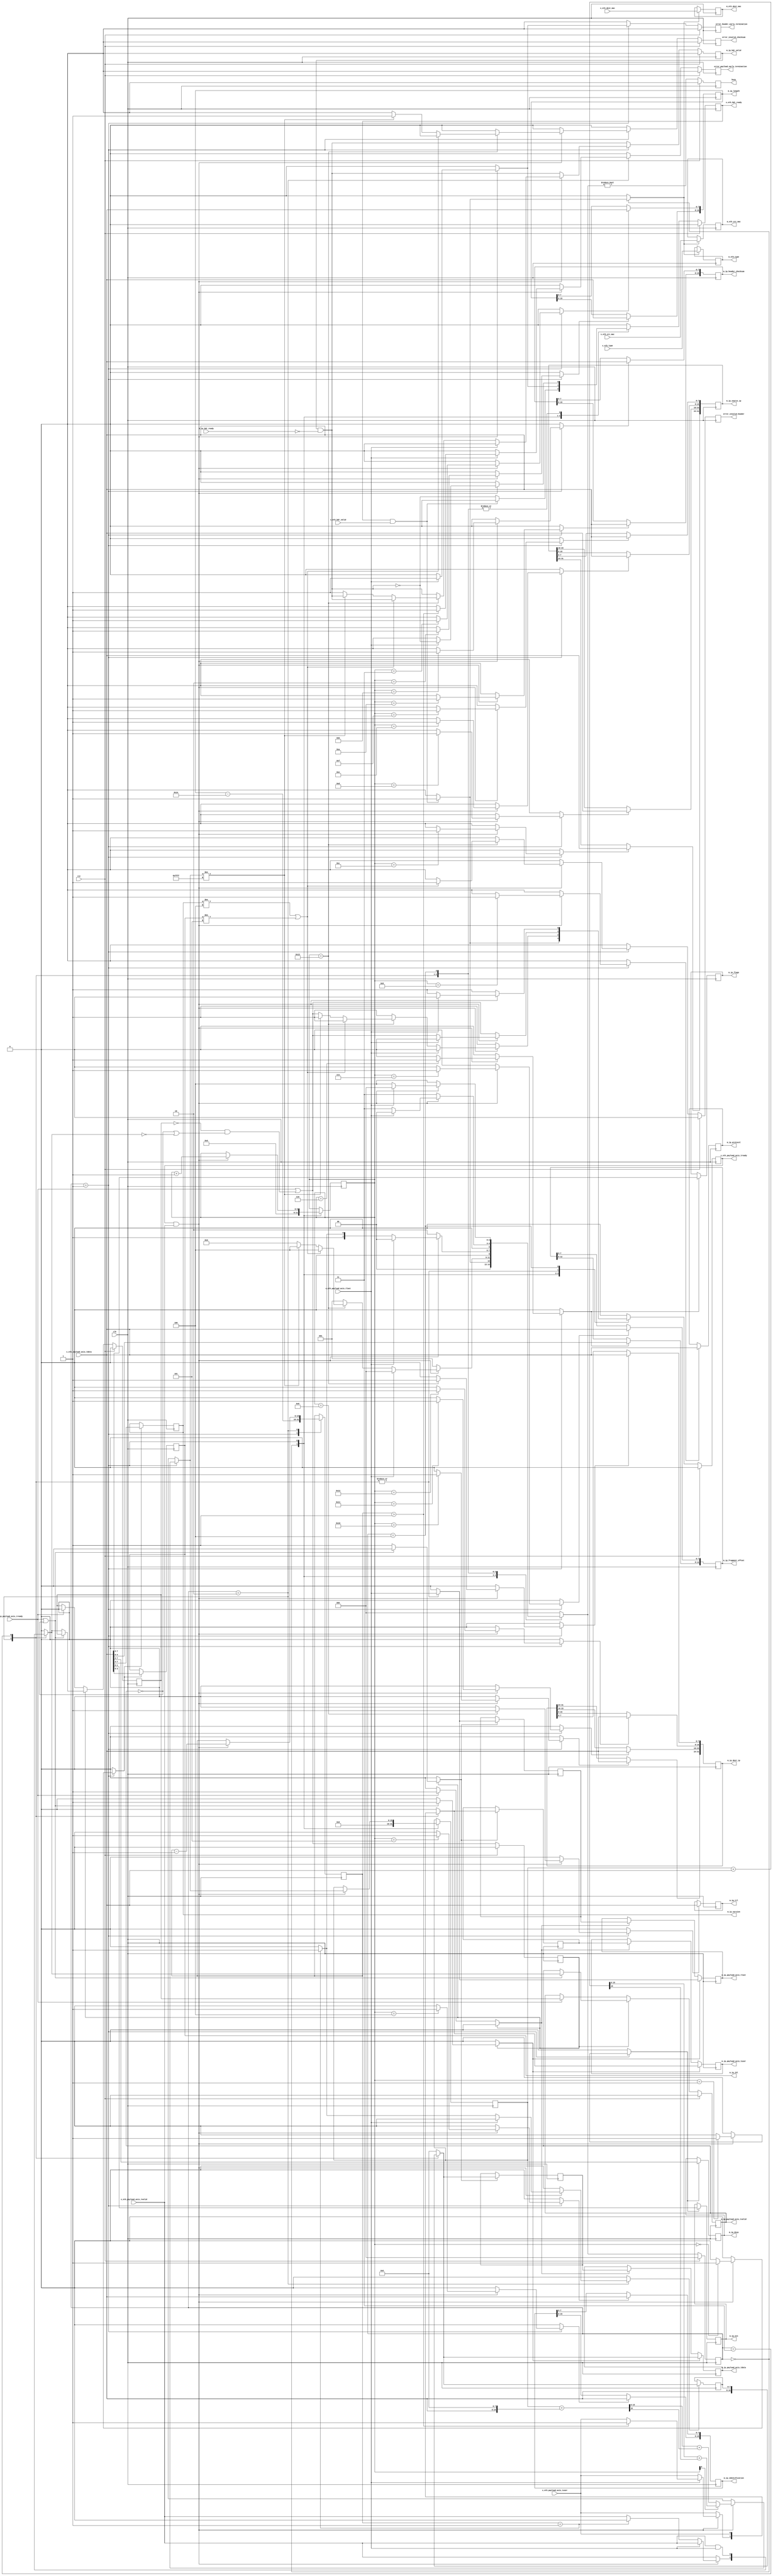

// Language: Verilog 2001

`timescale 1ns / 1ps

/*
 * IP ethernet frame receiver (Ethernet frame in, IP frame out)
 */
module ip_eth_rx
(
    input  wire        clk,
    input  wire        rst,

    /*
     * Ethernet frame input
     */
    input  wire        s_eth_hdr_valid,
    output wire        s_eth_hdr_ready,
    input  wire [47:0] s_eth_dest_mac,
    input  wire [47:0] s_eth_src_mac,
    input  wire [15:0] s_eth_type,
    input  wire [7:0]  s_eth_payload_axis_tdata,
    input  wire        s_eth_payload_axis_tvalid,
    output wire        s_eth_payload_axis_tready,
    input  wire        s_eth_payload_axis_tlast,
    input  wire        s_eth_payload_axis_tuser,

    /*
     * IP frame output
     */
    output wire        m_ip_hdr_valid,
    input  wire        m_ip_hdr_ready,
    output wire [47:0] m_eth_dest_mac,
    output wire [47:0] m_eth_src_mac,
    output wire [15:0] m_eth_type,
    output wire [3:0]  m_ip_version,
    output wire [3:0]  m_ip_ihl,
    output wire [5:0]  m_ip_dscp,
    output wire [1:0]  m_ip_ecn,
    output wire [15:0] m_ip_length,
    output wire [15:0] m_ip_identification,
    output wire [2:0]  m_ip_flags,
    output wire [12:0] m_ip_fragment_offset,
    output wire [7:0]  m_ip_ttl,
    output wire [7:0]  m_ip_protocol,
    output wire [15:0] m_ip_header_checksum,
    output wire [31:0] m_ip_source_ip,
    output wire [31:0] m_ip_dest_ip,
    output wire [7:0]  m_ip_payload_axis_tdata,
    output wire        m_ip_payload_axis_tvalid,
    input  wire        m_ip_payload_axis_tready,
    output wire        m_ip_payload_axis_tlast,
    output wire        m_ip_payload_axis_tuser,

    /*
     * Status signals
     */
    output wire        busy,
    output wire        error_header_early_termination,
    output wire        error_payload_early_termination,
    output wire        error_invalid_header,
    output wire        error_invalid_checksum
);

/*

IP Frame

 Field                       Length
 Destination MAC address     6 octets
 Source MAC address          6 octets
 Ethertype (0x0800)          2 octets
 Version (4)                 4 bits
 IHL (5-15)                  4 bits
 DSCP (0)                    6 bits
 ECN (0)                     2 bits
 length                      2 octets
 identification (0?)         2 octets
 flags (010)                 3 bits
 fragment offset (0)         13 bits
 time to live (64?)          1 octet
 protocol                    1 octet
 header checksum             2 octets
 source IP                   4 octets
 destination IP              4 octets
 options                     (IHL-5)*4 octets
 payload                     length octets

This module receives an Ethernet frame with header fields in parallel and
payload on an AXI stream interface, decodes and strips the IP header fields,
then produces the header fields in parallel along with the IP payload in a
separate AXI stream.

*/

localparam [2:0]
    STATE_IDLE = 3'd0,
    STATE_READ_HEADER = 3'd1,
    STATE_READ_PAYLOAD = 3'd2,
    STATE_READ_PAYLOAD_LAST = 3'd3,
    STATE_WAIT_LAST = 3'd4;

reg [2:0] state_reg = STATE_IDLE, state_next;

// datapath control signals
reg store_eth_hdr;
reg store_ip_version_ihl;
reg store_ip_dscp_ecn;
reg store_ip_length_0;
reg store_ip_length_1;
reg store_ip_identification_0;
reg store_ip_identification_1;
reg store_ip_flags_fragment_offset_0;
reg store_ip_flags_fragment_offset_1;
reg store_ip_ttl;
reg store_ip_protocol;
reg store_ip_header_checksum_0;
reg store_ip_header_checksum_1;
reg store_ip_source_ip_0;
reg store_ip_source_ip_1;
reg store_ip_source_ip_2;
reg store_ip_source_ip_3;
reg store_ip_dest_ip_0;
reg store_ip_dest_ip_1;
reg store_ip_dest_ip_2;
reg store_ip_dest_ip_3;
reg store_last_word;

reg [5:0] hdr_ptr_reg = 6'd0, hdr_ptr_next;
reg [15:0] word_count_reg = 16'd0, word_count_next;

reg [15:0] hdr_sum_reg = 16'd0, hdr_sum_next;

reg [7:0] last_word_data_reg = 8'd0;

reg s_eth_hdr_ready_reg = 1'b0, s_eth_hdr_ready_next;
reg s_eth_payload_axis_tready_reg = 1'b0, s_eth_payload_axis_tready_next;

reg m_ip_hdr_valid_reg = 1'b0, m_ip_hdr_valid_next;
reg [47:0] m_eth_dest_mac_reg = 48'd0;
reg [47:0] m_eth_src_mac_reg = 48'd0;
reg [15:0] m_eth_type_reg = 16'd0;
reg [3:0] m_ip_version_reg = 4'd0;
reg [3:0] m_ip_ihl_reg = 4'd0;
reg [5:0] m_ip_dscp_reg = 6'd0;
reg [1:0] m_ip_ecn_reg = 2'd0;
reg [15:0] m_ip_length_reg = 16'd0;
reg [15:0] m_ip_identification_reg = 16'd0;
reg [2:0] m_ip_flags_reg = 3'd0;
reg [12:0] m_ip_fragment_offset_reg = 13'd0;
reg [7:0] m_ip_ttl_reg = 8'd0;
reg [7:0] m_ip_protocol_reg = 8'd0;
reg [15:0] m_ip_header_checksum_reg = 16'd0;
reg [31:0] m_ip_source_ip_reg = 32'd0;
reg [31:0] m_ip_dest_ip_reg = 32'd0;

reg busy_reg = 1'b0;
reg error_header_early_termination_reg = 1'b0, error_header_early_termination_next;
reg error_payload_early_termination_reg = 1'b0, error_payload_early_termination_next;
reg error_invalid_header_reg = 1'b0, error_invalid_header_next;
reg error_invalid_checksum_reg = 1'b0, error_invalid_checksum_next;

// internal datapath
reg [7:0] m_ip_payload_axis_tdata_int;
reg       m_ip_payload_axis_tvalid_int;
reg       m_ip_payload_axis_tready_int_reg = 1'b0;
reg       m_ip_payload_axis_tlast_int;
reg       m_ip_payload_axis_tuser_int;
wire      m_ip_payload_axis_tready_int_early;

assign s_eth_hdr_ready = s_eth_hdr_ready_reg;
assign s_eth_payload_axis_tready = s_eth_payload_axis_tready_reg;

assign m_ip_hdr_valid = m_ip_hdr_valid_reg;
assign m_eth_dest_mac = m_eth_dest_mac_reg;
assign m_eth_src_mac = m_eth_src_mac_reg;
assign m_eth_type = m_eth_type_reg;
assign m_ip_version = m_ip_version_reg;
assign m_ip_ihl = m_ip_ihl_reg;
assign m_ip_dscp = m_ip_dscp_reg;
assign m_ip_ecn = m_ip_ecn_reg;
assign m_ip_length = m_ip_length_reg;
assign m_ip_identification = m_ip_identification_reg;
assign m_ip_flags = m_ip_flags_reg;
assign m_ip_fragment_offset = m_ip_fragment_offset_reg;
assign m_ip_ttl = m_ip_ttl_reg;
assign m_ip_protocol = m_ip_protocol_reg;
assign m_ip_header_checksum = m_ip_header_checksum_reg;
assign m_ip_source_ip = m_ip_source_ip_reg;
assign m_ip_dest_ip = m_ip_dest_ip_reg;

assign busy = busy_reg;
assign error_header_early_termination = error_header_early_termination_reg;
assign error_payload_early_termination = error_payload_early_termination_reg;
assign error_invalid_header = error_invalid_header_reg;
assign error_invalid_checksum = error_invalid_checksum_reg;

function [15:0] add1c16b;
    input [15:0] a, b;
    reg [16:0] t;
    begin
        t = a+b;
        add1c16b = t[15:0] + t[16];
    end
endfunction

always @* begin
    state_next = STATE_IDLE;

    s_eth_hdr_ready_next = 1'b0;
    s_eth_payload_axis_tready_next = 1'b0;

    store_eth_hdr = 1'b0;
    store_ip_version_ihl = 1'b0;
    store_ip_dscp_ecn = 1'b0;
    store_ip_length_0 = 1'b0;
    store_ip_length_1 = 1'b0;
    store_ip_identification_0 = 1'b0;
    store_ip_identification_1 = 1'b0;
    store_ip_flags_fragment_offset_0 = 1'b0;
    store_ip_flags_fragment_offset_1 = 1'b0;
    store_ip_ttl = 1'b0;
    store_ip_protocol = 1'b0;
    store_ip_header_checksum_0 = 1'b0;
    store_ip_header_checksum_1 = 1'b0;
    store_ip_source_ip_0 = 1'b0;
    store_ip_source_ip_1 = 1'b0;
    store_ip_source_ip_2 = 1'b0;
    store_ip_source_ip_3 = 1'b0;
    store_ip_dest_ip_0 = 1'b0;
    store_ip_dest_ip_1 = 1'b0;
    store_ip_dest_ip_2 = 1'b0;
    store_ip_dest_ip_3 = 1'b0;

    store_last_word = 1'b0;

    hdr_ptr_next = hdr_ptr_reg;
    word_count_next = word_count_reg;

    hdr_sum_next = hdr_sum_reg;

    m_ip_hdr_valid_next = m_ip_hdr_valid_reg && !m_ip_hdr_ready;

    error_header_early_termination_next = 1'b0;
    error_payload_early_termination_next = 1'b0;
    error_invalid_header_next = 1'b0;
    error_invalid_checksum_next = 1'b0;

    m_ip_payload_axis_tdata_int = 8'd0;
    m_ip_payload_axis_tvalid_int = 1'b0;
    m_ip_payload_axis_tlast_int = 1'b0;
    m_ip_payload_axis_tuser_int = 1'b0;

    case (state_reg)
        STATE_IDLE: begin
            // idle state - wait for header
            hdr_ptr_next = 16'd0;
            hdr_sum_next = 16'd0;
            s_eth_hdr_ready_next = !m_ip_hdr_valid_next;

            if (s_eth_hdr_ready && s_eth_hdr_valid) begin
                s_eth_hdr_ready_next = 1'b0;
                s_eth_payload_axis_tready_next = 1'b1;
                store_eth_hdr = 1'b1;
                state_next = STATE_READ_HEADER;
            end else begin
                state_next = STATE_IDLE;
            end
        end
        STATE_READ_HEADER: begin
            // read header
            s_eth_payload_axis_tready_next = 1'b1;
            word_count_next = m_ip_length_reg - 5*4;

            if (s_eth_payload_axis_tready && s_eth_payload_axis_tvalid) begin
                // word transfer in - store it
                hdr_ptr_next = hdr_ptr_reg + 6'd1;
                state_next = STATE_READ_HEADER;

                if (hdr_ptr_reg[0]) begin
                    hdr_sum_next = add1c16b(hdr_sum_reg, {8'd0, s_eth_payload_axis_tdata});
                end else begin
                    hdr_sum_next = add1c16b(hdr_sum_reg, {s_eth_payload_axis_tdata, 8'd0});
                end

                case (hdr_ptr_reg)
                    6'h00: store_ip_version_ihl = 1'b1;
                    6'h01: store_ip_dscp_ecn = 1'b1;
                    6'h02: store_ip_length_1 = 1'b1;
                    6'h03: store_ip_length_0 = 1'b1;
                    6'h04: store_ip_identification_1 = 1'b1;
                    6'h05: store_ip_identification_0 = 1'b1;
                    6'h06: store_ip_flags_fragment_offset_1 = 1'b1;
                    6'h07: store_ip_flags_fragment_offset_0 = 1'b1;
                    6'h08: store_ip_ttl = 1'b1;
                    6'h09: store_ip_protocol = 1'b1;
                    6'h0A: store_ip_header_checksum_1 = 1'b1;
                    6'h0B: store_ip_header_checksum_0 = 1'b1;
                    6'h0C: store_ip_source_ip_3 = 1'b1;
                    6'h0D: store_ip_source_ip_2 = 1'b1;
                    6'h0E: store_ip_source_ip_1 = 1'b1;
                    6'h0F: store_ip_source_ip_0 = 1'b1;
                    6'h10: store_ip_dest_ip_3 = 1'b1;
                    6'h11: store_ip_dest_ip_2 = 1'b1;
                    6'h12: store_ip_dest_ip_1 = 1'b1;
                    6'h13: begin
                        store_ip_dest_ip_0 = 1'b1;
                        if (m_ip_version_reg != 4'd4 || m_ip_ihl_reg != 4'd5) begin
                            error_invalid_header_next = 1'b1;
                            state_next = STATE_WAIT_LAST;
                        end else if (hdr_sum_next != 16'hffff) begin
                            error_invalid_checksum_next = 1'b1;
                            state_next = STATE_WAIT_LAST;
                        end else begin
                            m_ip_hdr_valid_next = 1'b1;
                            s_eth_payload_axis_tready_next = m_ip_payload_axis_tready_int_early;
                            state_next = STATE_READ_PAYLOAD;
                        end
                    end
                endcase

                if (s_eth_payload_axis_tlast) begin
                    error_header_early_termination_next = 1'b1;
                    m_ip_hdr_valid_next = 1'b0;
                    s_eth_hdr_ready_next = !m_ip_hdr_valid_next;
                    s_eth_payload_axis_tready_next = 1'b0;
                    state_next = STATE_IDLE;
                end

            end else begin
                state_next = STATE_READ_HEADER;
            end
        end
        STATE_READ_PAYLOAD: begin
            // read payload
            s_eth_payload_axis_tready_next = m_ip_payload_axis_tready_int_early;

            m_ip_payload_axis_tdata_int = s_eth_payload_axis_tdata;
            m_ip_payload_axis_tvalid_int = s_eth_payload_axis_tvalid;
            m_ip_payload_axis_tlast_int = s_eth_payload_axis_tlast;
            m_ip_payload_axis_tuser_int = s_eth_payload_axis_tuser;

            if (s_eth_payload_axis_tready && s_eth_payload_axis_tvalid) begin
                // word transfer through
                word_count_next = word_count_reg - 16'd1;
                if (s_eth_payload_axis_tlast) begin
                    if (word_count_reg > 16'd1) begin
                        // end of frame, but length does not match
                        m_ip_payload_axis_tuser_int = 1'b1;
                        error_payload_early_termination_next = 1'b1;
                    end
                    s_eth_hdr_ready_next = !m_ip_hdr_valid_next;
                    s_eth_payload_axis_tready_next = 1'b0;
                    state_next = STATE_IDLE;
                end else begin
                    if (word_count_reg == 16'd1) begin
                        store_last_word = 1'b1;
                        m_ip_payload_axis_tvalid_int = 1'b0;
                        state_next = STATE_READ_PAYLOAD_LAST;
                    end else begin
                        state_next = STATE_READ_PAYLOAD;
                    end
                end
            end else begin
                state_next = STATE_READ_PAYLOAD;
            end
        end
        STATE_READ_PAYLOAD_LAST: begin
            // read and discard until end of frame
            s_eth_payload_axis_tready_next = m_ip_payload_axis_tready_int_early;

            m_ip_payload_axis_tdata_int = last_word_data_reg;
            m_ip_payload_axis_tvalid_int = s_eth_payload_axis_tvalid && s_eth_payload_axis_tlast;
            m_ip_payload_axis_tlast_int = s_eth_payload_axis_tlast;
            m_ip_payload_axis_tuser_int = s_eth_payload_axis_tuser;

            if (s_eth_payload_axis_tready && s_eth_payload_axis_tvalid) begin
                if (s_eth_payload_axis_tlast) begin
                    s_eth_hdr_ready_next = !m_ip_hdr_valid_next;
                    s_eth_payload_axis_tready_next = 1'b0;
                    state_next = STATE_IDLE;
                end else begin
                    state_next = STATE_READ_PAYLOAD_LAST;
                end
            end else begin
                state_next = STATE_READ_PAYLOAD_LAST;
            end
        end
        STATE_WAIT_LAST: begin
            // read and discard until end of frame
            s_eth_payload_axis_tready_next = 1'b1;

            if (s_eth_payload_axis_tready && s_eth_payload_axis_tvalid) begin
                if (s_eth_payload_axis_tlast) begin
                    s_eth_hdr_ready_next = !m_ip_hdr_valid_next;
                    s_eth_payload_axis_tready_next = 1'b0;
                    state_next = STATE_IDLE;
                end else begin
                    state_next = STATE_WAIT_LAST;
                end
            end else begin
                state_next = STATE_WAIT_LAST;
            end
        end
    endcase
end

always @(posedge clk) begin
    if (rst) begin
        state_reg <= STATE_IDLE;
        s_eth_hdr_ready_reg <= 1'b0;
        s_eth_payload_axis_tready_reg <= 1'b0;
        m_ip_hdr_valid_reg <= 1'b0;
        busy_reg <= 1'b0;
        error_header_early_termination_reg <= 1'b0;
        error_payload_early_termination_reg <= 1'b0;
        error_invalid_header_reg <= 1'b0;
        error_invalid_checksum_reg <= 1'b0;
    end else begin
        state_reg <= state_next;

        s_eth_hdr_ready_reg <= s_eth_hdr_ready_next;
        s_eth_payload_axis_tready_reg <= s_eth_payload_axis_tready_next;

        m_ip_hdr_valid_reg <= m_ip_hdr_valid_next;

        error_header_early_termination_reg <= error_header_early_termination_next;
        error_payload_early_termination_reg <= error_payload_early_termination_next;
        error_invalid_header_reg <= error_invalid_header_next;
        error_invalid_checksum_reg <= error_invalid_checksum_next;

        busy_reg <= state_next != STATE_IDLE;
    end

    hdr_ptr_reg <= hdr_ptr_next;
    word_count_reg <= word_count_next;

    hdr_sum_reg <= hdr_sum_next;

    // datapath
    if (store_eth_hdr) begin
        m_eth_dest_mac_reg <= s_eth_dest_mac;
        m_eth_src_mac_reg <= s_eth_src_mac;
        m_eth_type_reg <= s_eth_type;
    end

    if (store_last_word) begin
        last_word_data_reg <= m_ip_payload_axis_tdata_int;
    end

    if (store_ip_version_ihl) {m_ip_version_reg, m_ip_ihl_reg} <= s_eth_payload_axis_tdata;
    if (store_ip_dscp_ecn) {m_ip_dscp_reg, m_ip_ecn_reg} <= s_eth_payload_axis_tdata;
    if (store_ip_length_0) m_ip_length_reg[ 7: 0] <= s_eth_payload_axis_tdata;
    if (store_ip_length_1) m_ip_length_reg[15: 8] <= s_eth_payload_axis_tdata;
    if (store_ip_identification_0) m_ip_identification_reg[ 7: 0] <= s_eth_payload_axis_tdata;
    if (store_ip_identification_1) m_ip_identification_reg[15: 8] <= s_eth_payload_axis_tdata;
    if (store_ip_flags_fragment_offset_0) m_ip_fragment_offset_reg[ 7:0] <= s_eth_payload_axis_tdata;
    if (store_ip_flags_fragment_offset_1) {m_ip_flags_reg, m_ip_fragment_offset_reg[12:8]} <= s_eth_payload_axis_tdata;
    if (store_ip_ttl) m_ip_ttl_reg <= s_eth_payload_axis_tdata;
    if (store_ip_protocol) m_ip_protocol_reg <= s_eth_payload_axis_tdata;
    if (store_ip_header_checksum_0) m_ip_header_checksum_reg[ 7: 0] <= s_eth_payload_axis_tdata;
    if (store_ip_header_checksum_1) m_ip_header_checksum_reg[15: 8] <= s_eth_payload_axis_tdata;
    if (store_ip_source_ip_0) m_ip_source_ip_reg[ 7: 0] <= s_eth_payload_axis_tdata;
    if (store_ip_source_ip_1) m_ip_source_ip_reg[15: 8] <= s_eth_payload_axis_tdata;
    if (store_ip_source_ip_2) m_ip_source_ip_reg[23:16] <= s_eth_payload_axis_tdata;
    if (store_ip_source_ip_3) m_ip_source_ip_reg[31:24] <= s_eth_payload_axis_tdata;
    if (store_ip_dest_ip_0) m_ip_dest_ip_reg[ 7: 0] <= s_eth_payload_axis_tdata;
    if (store_ip_dest_ip_1) m_ip_dest_ip_reg[15: 8] <= s_eth_payload_axis_tdata;
    if (store_ip_dest_ip_2) m_ip_dest_ip_reg[23:16] <= s_eth_payload_axis_tdata;
    if (store_ip_dest_ip_3) m_ip_dest_ip_reg[31:24] <= s_eth_payload_axis_tdata;
end

// output datapath logic
reg [7:0] m_ip_payload_axis_tdata_reg = 8'd0;
reg       m_ip_payload_axis_tvalid_reg = 1'b0, m_ip_payload_axis_tvalid_next;
reg       m_ip_payload_axis_tlast_reg = 1'b0;
reg       m_ip_payload_axis_tuser_reg = 1'b0;

reg [7:0] temp_m_ip_payload_axis_tdata_reg = 8'd0;
reg       temp_m_ip_payload_axis_tvalid_reg = 1'b0, temp_m_ip_payload_axis_tvalid_next;
reg       temp_m_ip_payload_axis_tlast_reg = 1'b0;
reg       temp_m_ip_payload_axis_tuser_reg = 1'b0;

// datapath control
reg store_ip_payload_int_to_output;
reg store_ip_payload_int_to_temp;
reg store_ip_payload_axis_temp_to_output;

assign m_ip_payload_axis_tdata = m_ip_payload_axis_tdata_reg;
assign m_ip_payload_axis_tvalid = m_ip_payload_axis_tvalid_reg;
assign m_ip_payload_axis_tlast = m_ip_payload_axis_tlast_reg;
assign m_ip_payload_axis_tuser = m_ip_payload_axis_tuser_reg;

// enable ready input next cycle if output is ready or the temp reg will not be filled on the next cycle (output reg empty or no input)
assign m_ip_payload_axis_tready_int_early = m_ip_payload_axis_tready || (!temp_m_ip_payload_axis_tvalid_reg && (!m_ip_payload_axis_tvalid_reg || !m_ip_payload_axis_tvalid_int));

always @* begin
    // transfer sink ready state to source
    m_ip_payload_axis_tvalid_next = m_ip_payload_axis_tvalid_reg;
    temp_m_ip_payload_axis_tvalid_next = temp_m_ip_payload_axis_tvalid_reg;

    store_ip_payload_int_to_output = 1'b0;
    store_ip_payload_int_to_temp = 1'b0;
    store_ip_payload_axis_temp_to_output = 1'b0;
    
    if (m_ip_payload_axis_tready_int_reg) begin
        // input is ready
        if (m_ip_payload_axis_tready || !m_ip_payload_axis_tvalid_reg) begin
            // output is ready or currently not valid, transfer data to output
            m_ip_payload_axis_tvalid_next = m_ip_payload_axis_tvalid_int;
            store_ip_payload_int_to_output = 1'b1;
        end else begin
            // output is not ready, store input in temp
            temp_m_ip_payload_axis_tvalid_next = m_ip_payload_axis_tvalid_int;
            store_ip_payload_int_to_temp = 1'b1;
        end
    end else if (m_ip_payload_axis_tready) begin
        // input is not ready, but output is ready
        m_ip_payload_axis_tvalid_next = temp_m_ip_payload_axis_tvalid_reg;
        temp_m_ip_payload_axis_tvalid_next = 1'b0;
        store_ip_payload_axis_temp_to_output = 1'b1;
    end
end

always @(posedge clk) begin
    if (rst) begin
        m_ip_payload_axis_tvalid_reg <= 1'b0;
        m_ip_payload_axis_tready_int_reg <= 1'b0;
        temp_m_ip_payload_axis_tvalid_reg <= 1'b0;
    end else begin
        m_ip_payload_axis_tvalid_reg <= m_ip_payload_axis_tvalid_next;
        m_ip_payload_axis_tready_int_reg <= m_ip_payload_axis_tready_int_early;
        temp_m_ip_payload_axis_tvalid_reg <= temp_m_ip_payload_axis_tvalid_next;
    end

    // datapath
    if (store_ip_payload_int_to_output) begin
        m_ip_payload_axis_tdata_reg <= m_ip_payload_axis_tdata_int;
        m_ip_payload_axis_tlast_reg <= m_ip_payload_axis_tlast_int;
        m_ip_payload_axis_tuser_reg <= m_ip_payload_axis_tuser_int;
    end else if (store_ip_payload_axis_temp_to_output) begin
        m_ip_payload_axis_tdata_reg <= temp_m_ip_payload_axis_tdata_reg;
        m_ip_payload_axis_tlast_reg <= temp_m_ip_payload_axis_tlast_reg;
        m_ip_payload_axis_tuser_reg <= temp_m_ip_payload_axis_tuser_reg;
    end

    if (store_ip_payload_int_to_temp) begin
        temp_m_ip_payload_axis_tdata_reg <= m_ip_payload_axis_tdata_int;
        temp_m_ip_payload_axis_tlast_reg <= m_ip_payload_axis_tlast_int;
        temp_m_ip_payload_axis_tuser_reg <= m_ip_payload_axis_tuser_int;
    end
end

endmodule